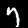
Digit: 7